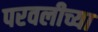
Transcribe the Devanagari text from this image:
परवलीच्या